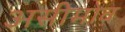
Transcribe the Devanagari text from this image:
असीमोव